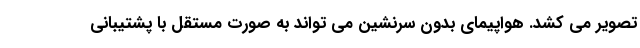
تصویر می کشد. هواپیمای بدون سرنشین می تواند به صورت مستقل با پشتیبانی